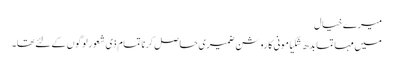
میرے خیال
میں مہاتما بدھ شکیامونی کا روشن ضمیری حاصل کرنا تمام ذی شعور لوگوں کے لئے تھا۔